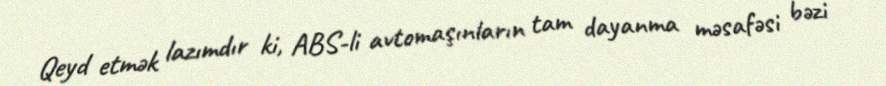
Qeyd etmək lazımdır ki, ABS-li avtomaşınların tam dayanma məsafəsi bəzi